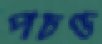
পচণ্ড